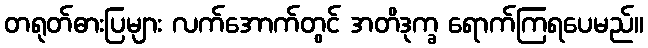
တရုတ်ဓားပြများ လက်အောက်တွင် အတိဒုက္ခ ရောက်ကြရပေမည်။